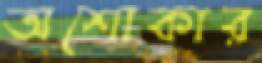
অশোকার